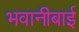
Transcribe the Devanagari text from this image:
भवानीबाई